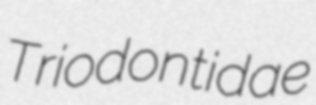
Triodontidae